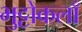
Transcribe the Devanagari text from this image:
भुट्टोकलाँ